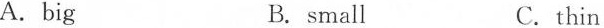
A.big B. small C.thin